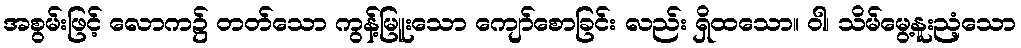
အစွမ်းဖြင့် လောက၌ တတ်သော ကွန့်မြူးသော ကျော်စောခြင်း လည်း ရှိထသော။ ဝါ၊ သိမ်မွေ့နူးညံ့သော